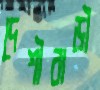
দেশীবাড়ী